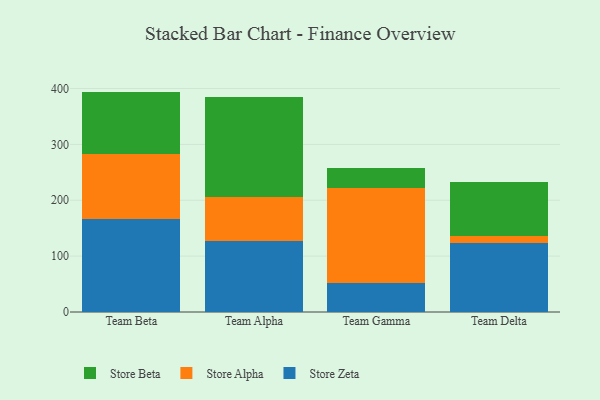
{"axis": {"x": "Team", "y": "Net Income (USD K)"}, "legend": ["Store Alpha", "Store Beta", "Store Zeta"], "data": [{"x": "Team Beta", "y": 166.1, "type": "Store Zeta"}, {"x": "Team Beta", "y": 116.3, "type": "Store Alpha"}, {"x": "Team Beta", "y": 112.1, "type": "Store Beta"}, {"x": "Team Alpha", "y": 126.2, "type": "Store Zeta"}, {"x": "Team Alpha", "y": 79.8, "type": "Store Alpha"}, {"x": "Team Alpha", "y": 178.4, "type": "Store Beta"}, {"x": "Team Gamma", "y": 51.5, "type": "Store Zeta"}, {"x": "Team Gamma", "y": 170.5, "type": "Store Alpha"}, {"x": "Team Gamma", "y": 36.5, "type": "Store Beta"}, {"x": "Team Delta", "y": 123.3, "type": "Store Zeta"}, {"x": "Team Delta", "y": 12.5, "type": "Store Alpha"}, {"x": "Team Delta", "y": 97.5, "type": "Store Beta"}]}